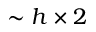
\sim h \times 2